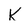
Character: K